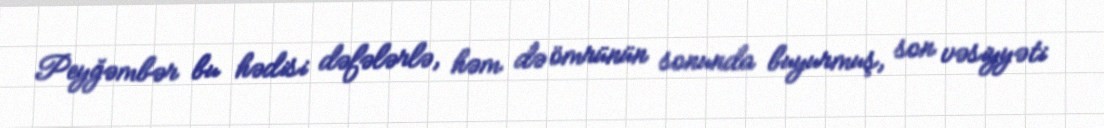
Peyğəmbər bu hədisi dəfələrlə, həm də ömrünün sonunda buyurmuş, son vəsiyyəti